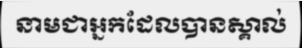
នាមជាអ្នកដែលបានស្គាល់